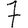
Digit: 7